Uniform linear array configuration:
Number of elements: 24
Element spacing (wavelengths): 0.25
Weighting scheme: hann
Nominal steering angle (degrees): -60
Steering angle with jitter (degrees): -60.104
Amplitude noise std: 0.05
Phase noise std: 0.05

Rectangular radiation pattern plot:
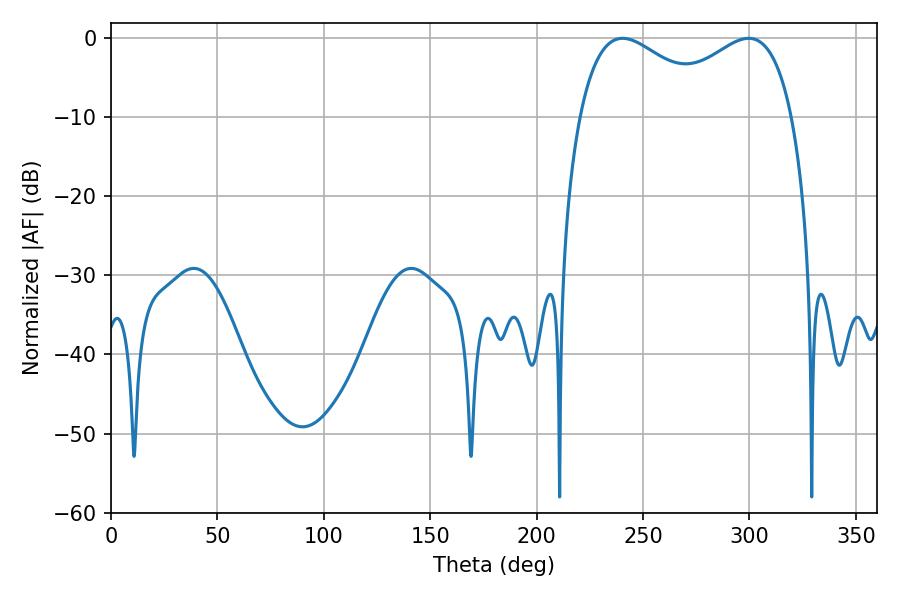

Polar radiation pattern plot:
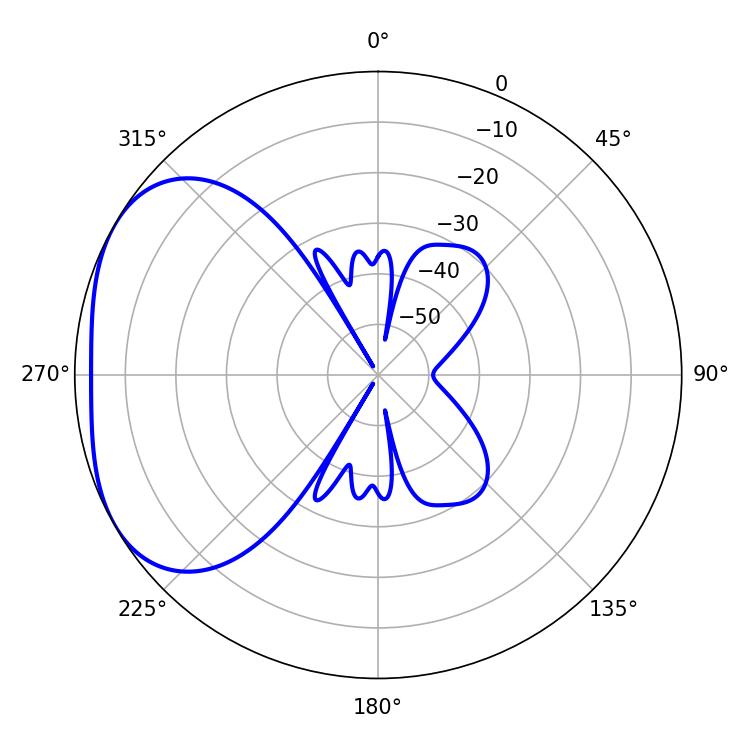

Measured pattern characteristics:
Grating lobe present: FALSE
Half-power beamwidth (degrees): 36.54
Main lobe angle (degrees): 240.3